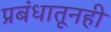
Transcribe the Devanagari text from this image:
प्रबंधातूनही